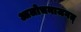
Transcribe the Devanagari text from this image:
आलोचनाजगत्